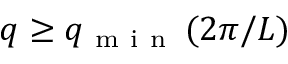
q \geq q _ { \mathrm { ~ m ~ i ~ n ~ } } \, ( 2 \pi / L )